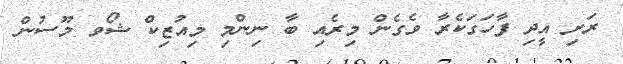
ރަށި އީދި ފާހަގަކެރާ ވެގެން މިރެއި ބާ ނިންމި މިއުޒިކް ޝޯވ މޫސުން